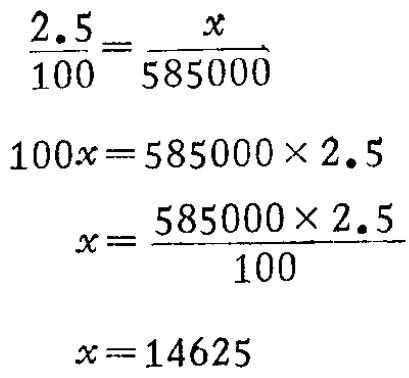
\[\begin{align*}
\frac{2.5}{100}&=\frac{x}{585000}\\
100x&=585000\times2.5\\
x&=\frac{585000\times2.5}{100}\\
x&=14625
\end{align*}\]